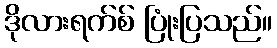
ဒိုလားရက်စ် ပြုံးပြသည်။